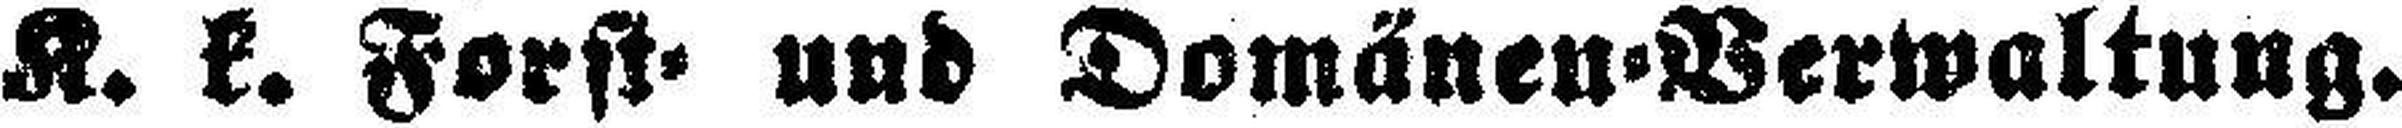
K. k. Forst- und Domänen = Verwaltung.